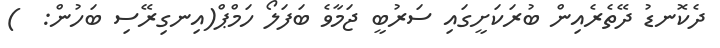
ދެކޮނޑު ދޭތެރެއިން ބުރަކަށީގައި ސަރުބީ ޖަމާވެ ބަފަލޯ ހަމްޕް(އިނގިރޭސި ބަހުން:  )